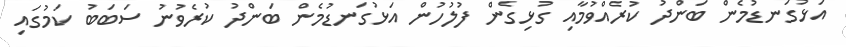
އަޅުގަނޑުމެން ބަންދު ކުރެއްވުމާއި ގުޅިގެން ފުލުހުން އަޅުގަނޑުމެން ބަންދު ކުރެވުނު ސަބަބު ކަމުގައި